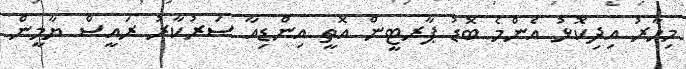
މިހާރު އިދިކޮޅު އެންމެ ބޮޑު ޕާރޓީން އޮތީ އިންޑިއާ ސަރުކާރު ރައީސް ޔާމީން